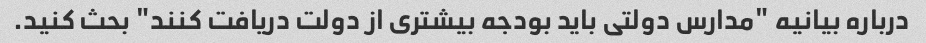
درباره بیانیه "مدارس دولتی باید بودجه بیشتری از دولت دریافت کنند" بحث کنید.